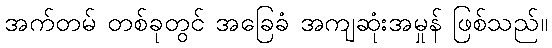
အက်တမ် တစ်ခုတွင် အခြေခံ အကျဆုံးအမှုန် ဖြစ်သည်။